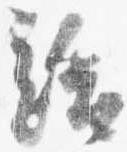
給